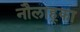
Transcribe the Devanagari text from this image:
नौलाह्का